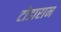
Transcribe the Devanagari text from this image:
टोडाराम